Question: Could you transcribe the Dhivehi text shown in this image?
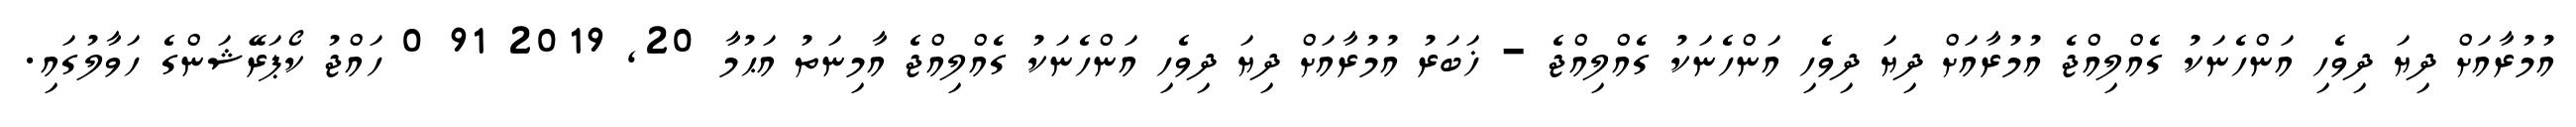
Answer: އުމުރާއަށް ދިޔަ ދިވެހި އަންހެނަކު ގެއްލިއްޖެ އުމުރާއަށް ދިޔަ ދިވެހި އަންހެނަކު ގެއްލިއްޖެ - ޚަބަރު އުމުރާއަށް ދިޔަ ދިވެހި އަންހެނަކު ގެއްލިއްޖެ އާމިނަތު އަޙުމާ 20, 2019 91 0 ހައްޖު ކޯޕަރޭޝަންގެ ހަވާލުގައި.